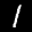
Label: 1